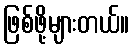
ဖြစ်ဖို့များတယ်။